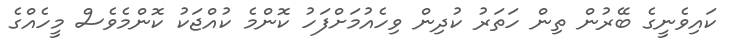
ކައިވެނީގެ ބޭރުން ތިން ހަތަރު ކުދިން ވިހެއުމަށްފަހު ކޮންމެ ކުއްޖަކު ކޮންމެވެސް މީހެއްގެ